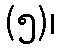
(၅)၊